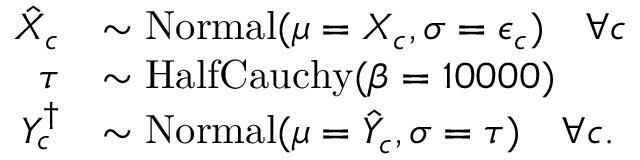
\begin{array} { r l } { \hat { X } _ { c } } & { \sim \mathrm { N o r m a l } ( \mu = X _ { c } , \sigma = \epsilon _ { c } ) \quad \forall c } \\ { \tau } & { \sim \mathrm { H a l f C a u c h y } ( \beta = 1 0 0 0 0 ) } \\ { Y _ { c } ^ { \dagger } } & { \sim \mathrm { N o r m a l } ( \mu = \hat { Y } _ { c } , \sigma = \tau ) \quad \forall c . } \end{array}